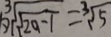
\sqrt [ 3 ] { \sqrt { 2 a - 1 } } = \sqrt [ 3 ] { 5 }